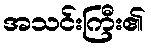
အသင်းကြီး၏